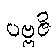
ပဗ္ဗဇိ